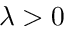
\lambda > 0